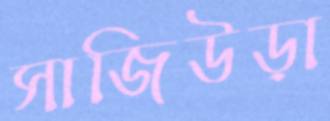
সাজিউড়া